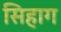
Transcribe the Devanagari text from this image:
सिहाग